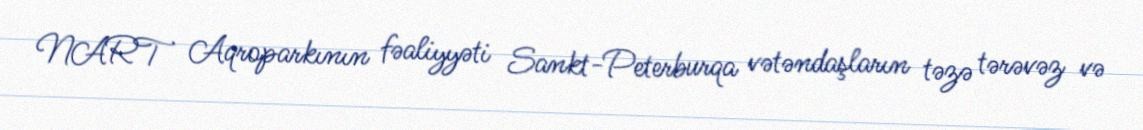
NART Aqroparkının fəaliyyəti Sankt-Peterburqa vətəndaşların təzə tərəvəz və